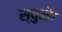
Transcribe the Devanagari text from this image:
स्युनेंत